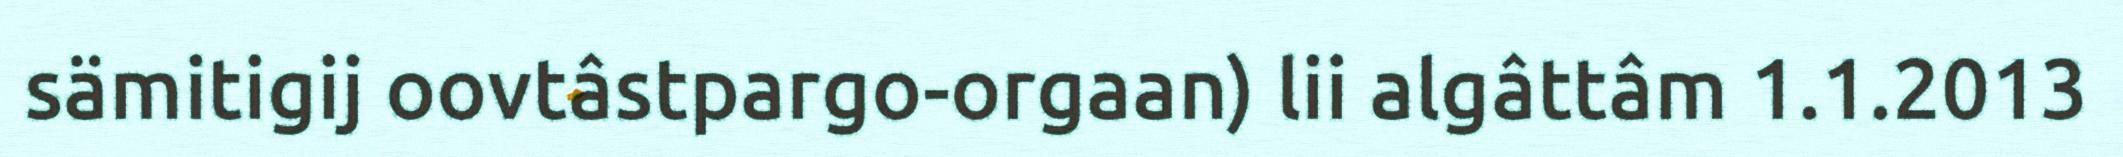
sämitigij oovtâstpargo-orgaan) lii algâttâm 1.1.2013